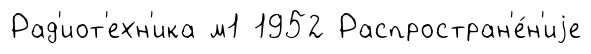
Рад'иот'ехн'ика м1 1952 Распростран'е́н'иjе